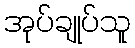
အုပ်ချုပ်သူ